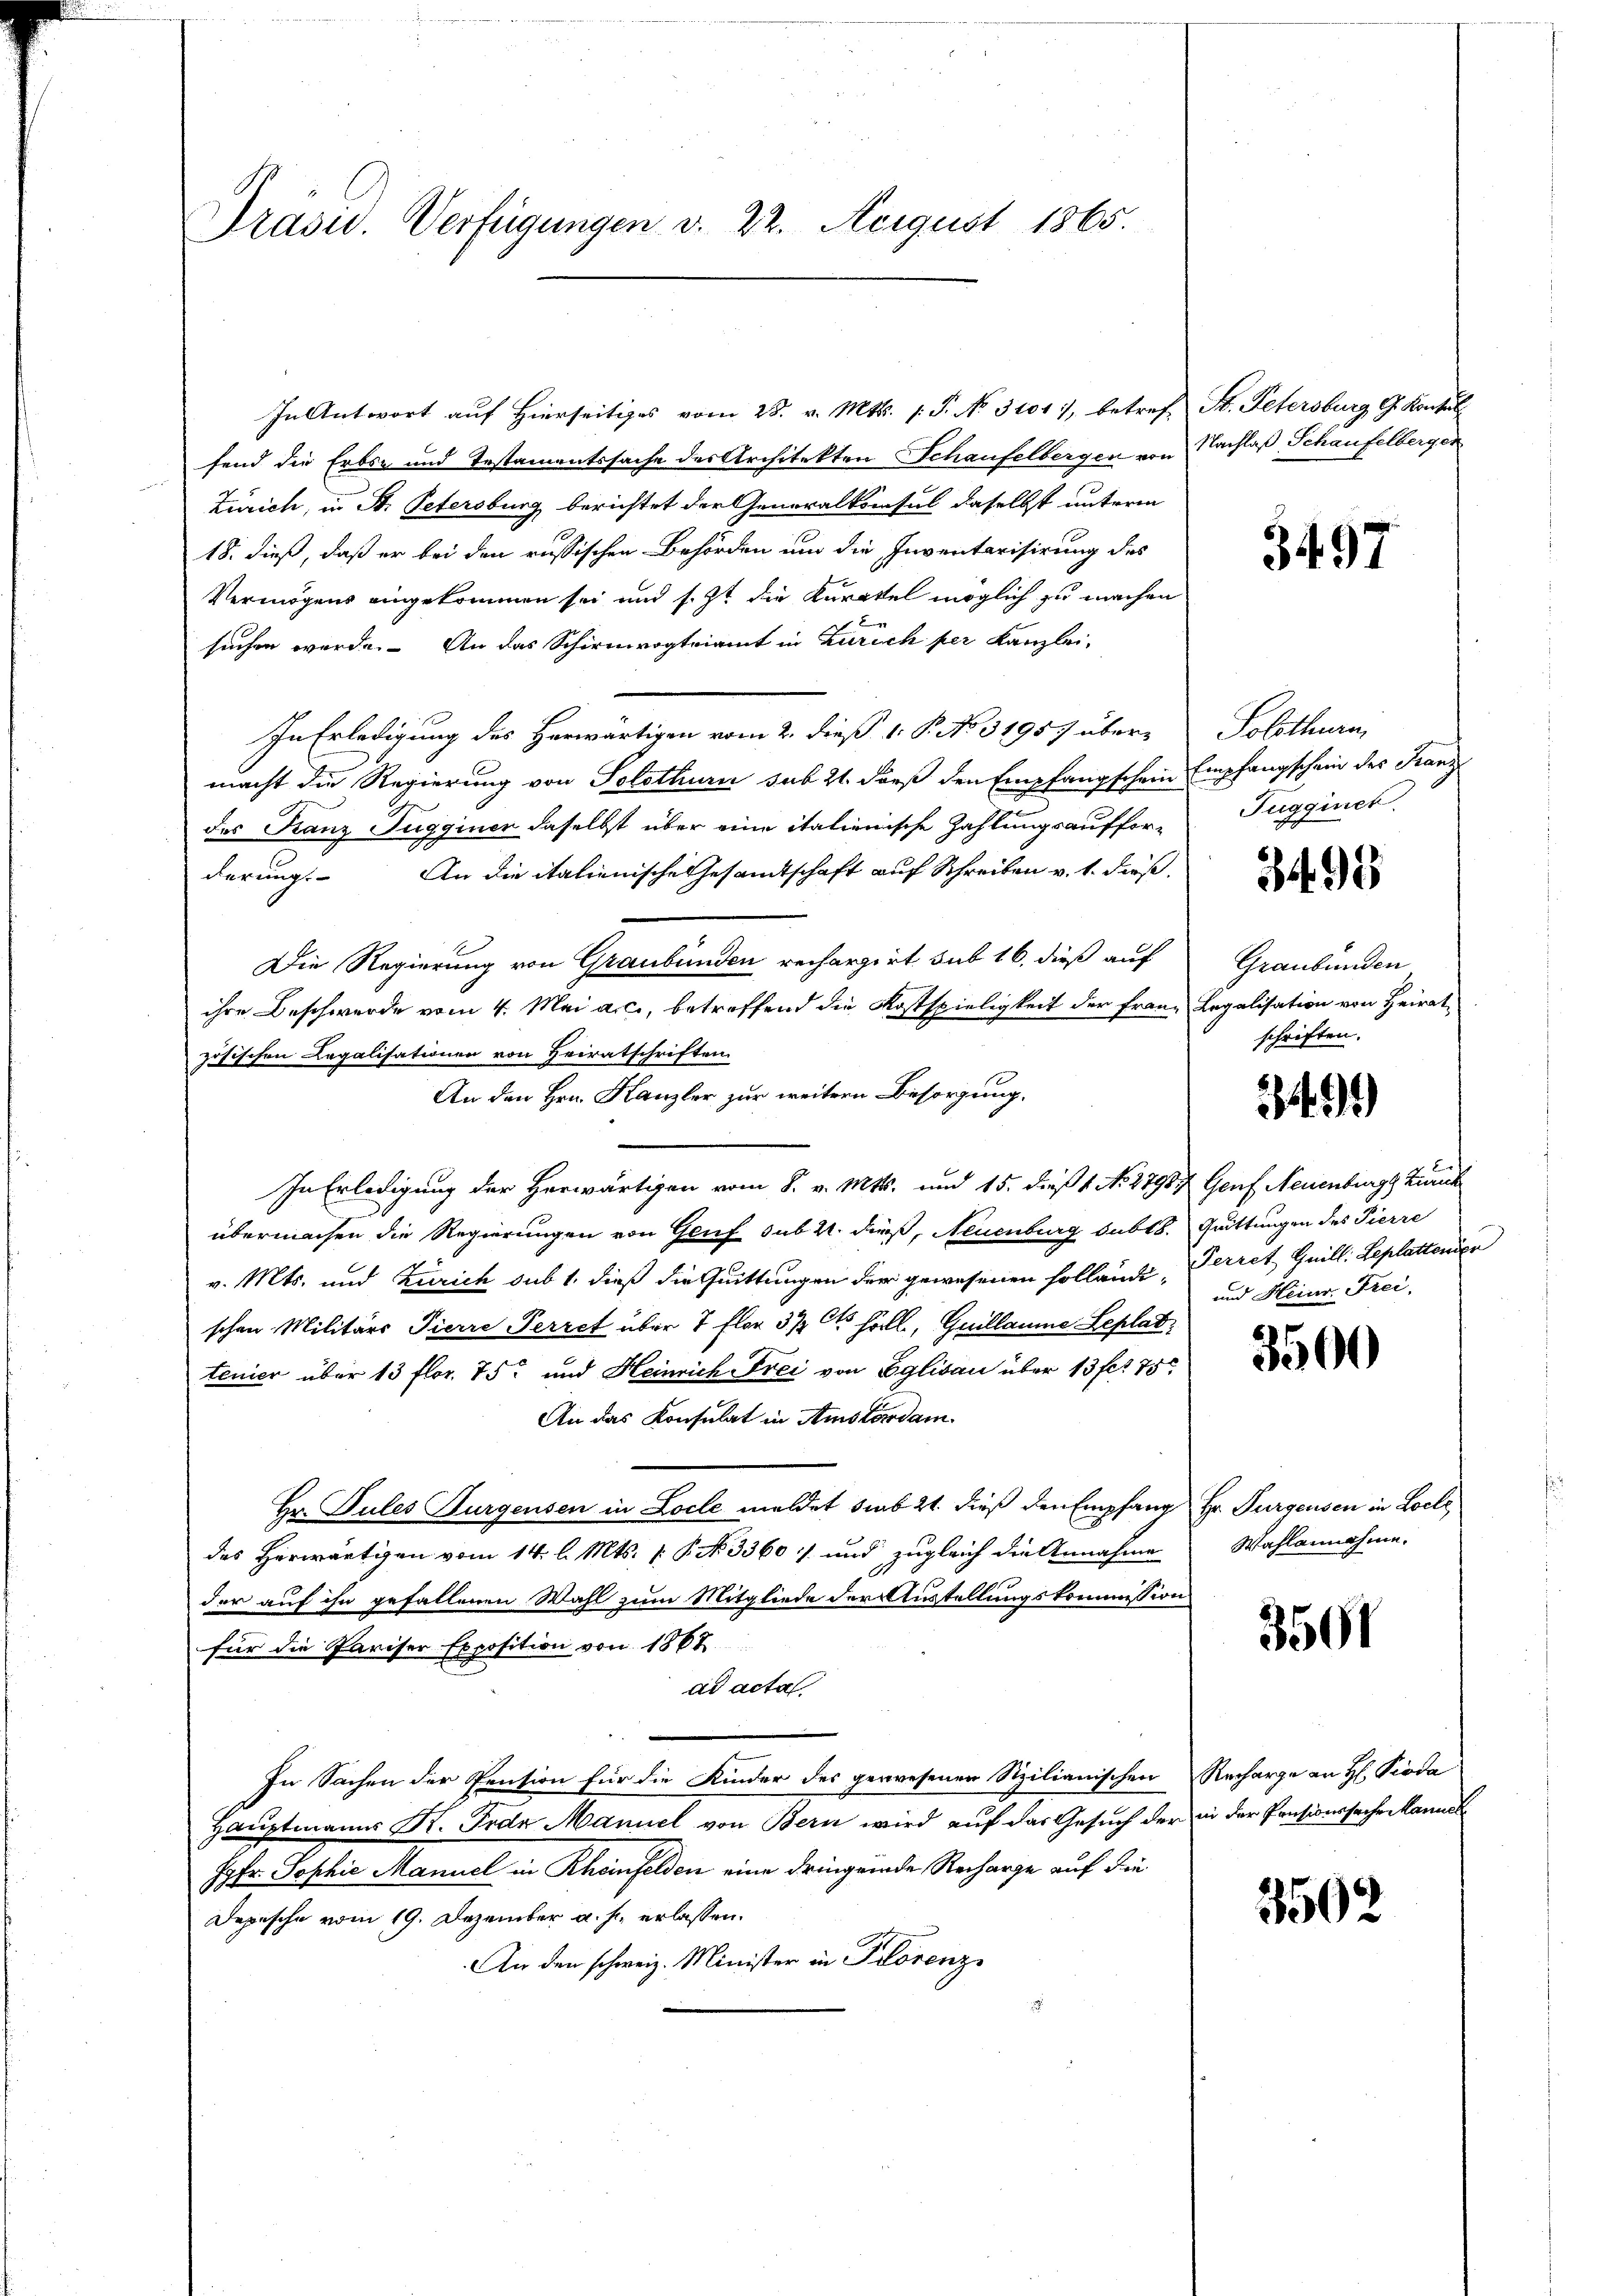
Präsid. Verfügungen v. 22. August 1865.

In Antwort auf hierseitiges vom 28. v. Mts. (s. S. No. 3101), betref-
fend die Erbs- und Testamentssache des Architekten Schaufelbergen von
Zürich, in St. Petersburg berichtet der Generalkonsul daselbst unterm
18. dieß, daß er bei den russischen Behörden um die Inventarisirung des
Vermögens eingekommen sei und s. Zt. die Kuratel möglich zu machen
suchen werde. An das Schirmvogteiamt in Zürich per Kanzlei-
In Erledigung des Herwärtigen vom 2. dieß 1. P. No. 31957 übermacht die Regierung von Solothurn sub 21. Fors den Empfangschein Empfangschein des Franz
des Franz Tugginer daselbst über eine italienische Zahlungsaufforderung. An die italienische Gesandtschaft auf Schreiben v. 1. dieß.
Die Regierung von Graubünden rechargeit sub 16. dieß auf
ihre Beschwerde vom 4. Mai an, betreffend die Kostspieligkeit der Französischen Legalisationen von Heiratschriften.
An den Hrn. Kanzler zur weitern Besorgung,
In Erledigung der Herwärtigen vom 8. v. Mts. und 15. dieß 1 No 2798. Genf Neuenburgs Ziech
übermachen die Regierungen von Gruf sub. 4. dieß, Neuenburg subt. Quittungen des Pierre
v. Mts. und Zürich sub 1. dieß die Quittungen der gewesenen Hollände, Perret Guill. Seplattonier
schen Militärs Pierre Perret über 7 Flor 3 ½ Cts höll, Guillaume Leplat
tenier über 13 flor. 75 und Heinrich Frei von Eglisau über 13 f 275
An das Konsulat in Amstandam.
Hr. Pules Burgensen in Loche meldet sub 21. dieß den Empfang Hr. Purgensen in Loche
des Herwärtigen vom 14. l. Mts. 1 P. Nr. 3360 :/ und zugleich die Annahme
der auf ihn gefallenen Wahl zum Mitgliede der Austellungskommission
für die Pariser Exposition von 1868
ad acta
In Sachen der Pension für die Kinder des gewesenen Sizilianischen
Hauptmanns St. Frde Mannel von Bern wird auf das Gesuch der in der Pensionssache kanntl
Jgfr. Sophie Manuel in Rheinfelden eine dringende Recharge auf die
Depesche vom 19. Dezember a. h. erlassen.
An den schweiz. Minister in Prorenz

St. Petersburg G. Konsul
Nachlaß Schaufelberger

3497

Solothurn,
Fugguict.

3495

Graubünden
Legalisation von Heirat,
schriften.

3491)

und Heinr. Frei,

3500

Wahlannahme.

3501

Recharge an H: Pioda

3502